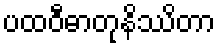
ပထဝီဓာတုနိဿိတာ